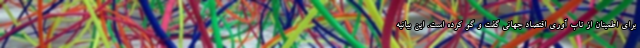
برای اطمینان از تاب آوری اقتصاد جهانی گفت و گو کرده است. این بیانیه